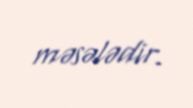
məsələdir.